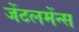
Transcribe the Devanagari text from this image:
जेंटलमेंन्स